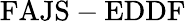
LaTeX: \mathrm{FAJS-EDDF}